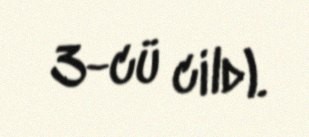
3-cü cild).